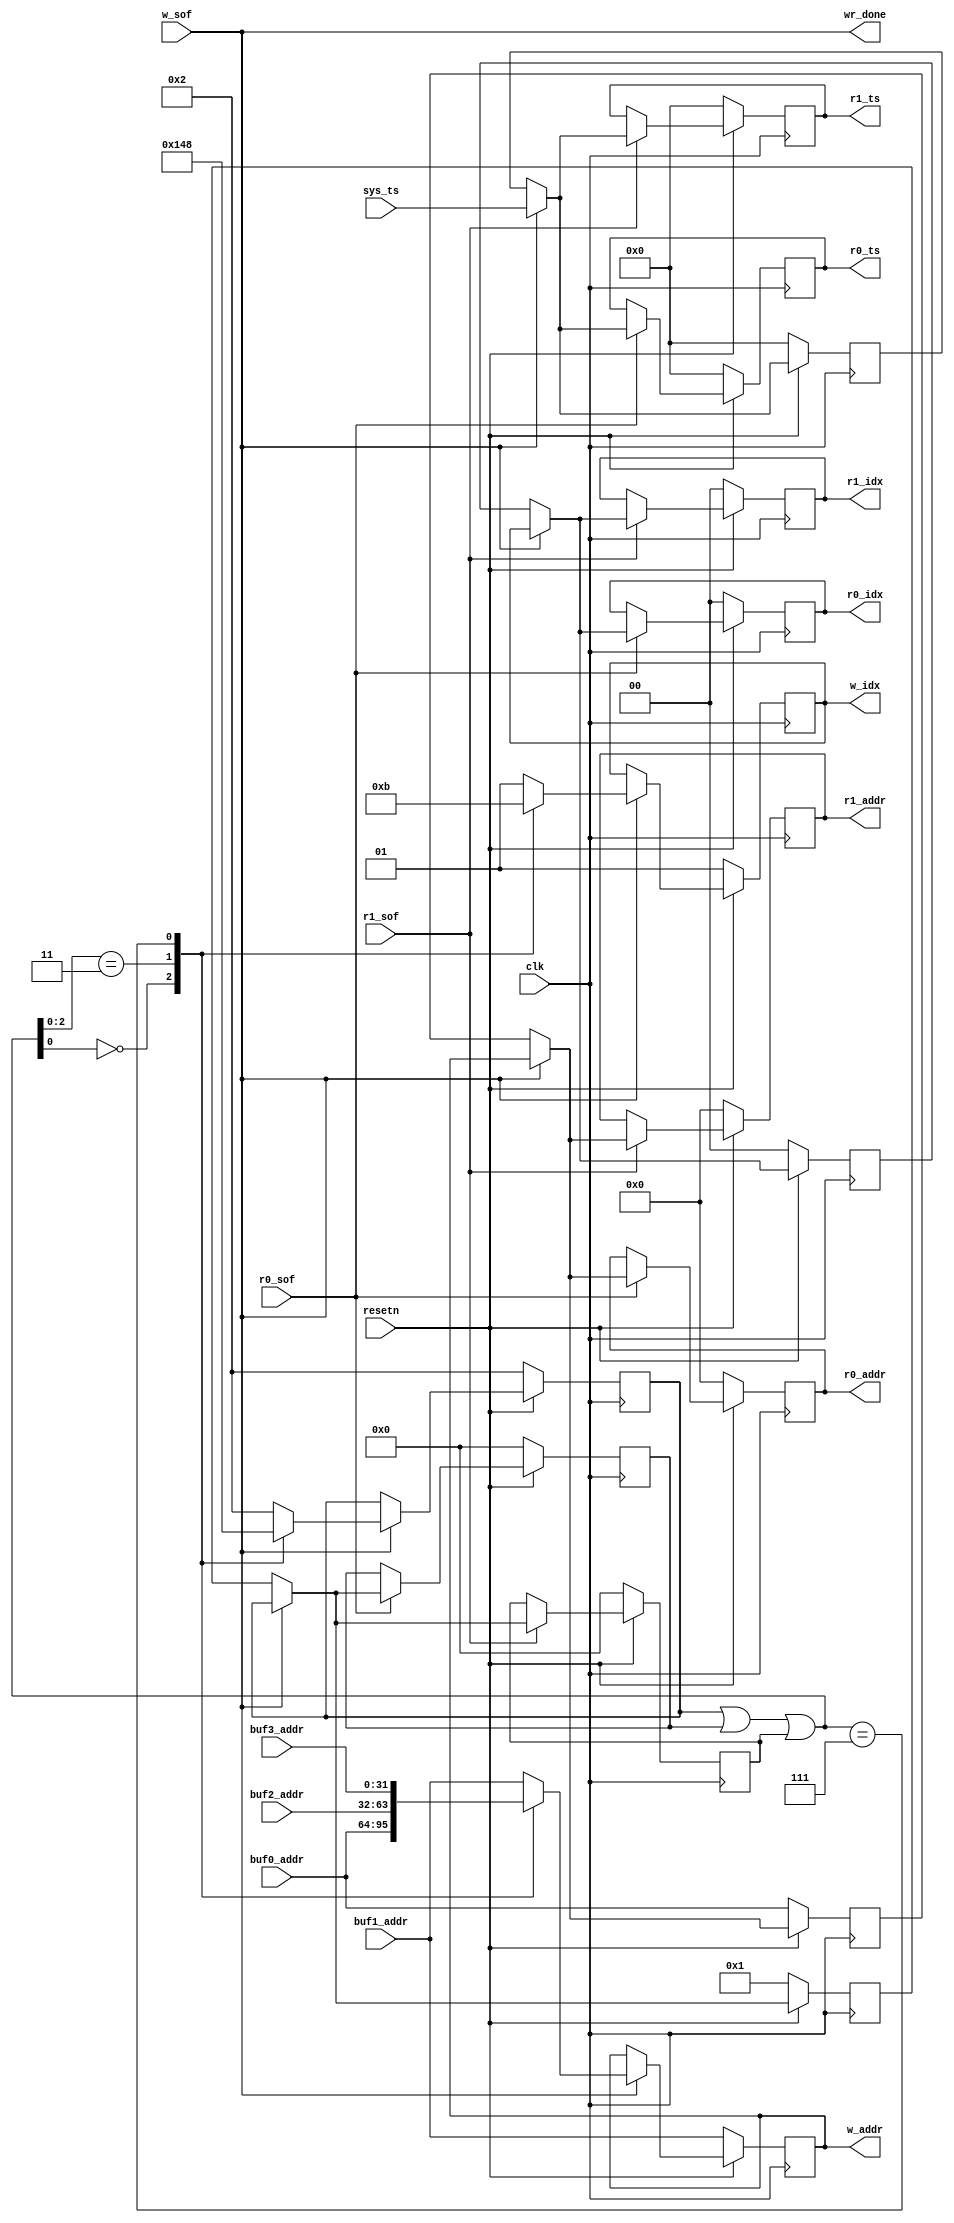
module mutex_buffer #
(
	parameter integer C_ADDR_WIDTH = 32,
	parameter integer C_TS_WIDTH = 64,
	parameter integer C_BUFF_IDX_WIDTH = 2
) (
	input wire clk,
	input wire resetn,

	output wire wr_done,

	input wire [C_ADDR_WIDTH-1:0] buf0_addr,
	input wire [C_ADDR_WIDTH-1:0] buf1_addr,
	input wire [C_ADDR_WIDTH-1:0] buf2_addr,
	input wire [C_ADDR_WIDTH-1:0] buf3_addr,

	input wire [C_TS_WIDTH-1:0]   sys_ts,

	input wire w_sof,
	output reg [C_ADDR_WIDTH-1:0] w_addr,
	output reg [C_BUFF_IDX_WIDTH-1:0] w_idx,

	input wire                        r0_sof,
	output reg [C_ADDR_WIDTH-1:0]     r0_addr,
	output reg [C_BUFF_IDX_WIDTH-1:0] r0_idx,
	output reg [C_TS_WIDTH-1:0]       r0_ts,

	input wire                        r1_sof,
	output reg [C_ADDR_WIDTH-1:0]     r1_addr,
	output reg [C_BUFF_IDX_WIDTH-1:0] r1_idx,
	output reg [C_TS_WIDTH-1:0]       r1_ts
);

	localparam integer C_READER_NUM = 2;
	localparam integer C_BUFF_NUM = C_READER_NUM + 2;

	assign wr_done = w_sof;

	reg [C_BUFF_NUM-1:0]	r0_bmp;
	reg [C_BUFF_NUM-1:0]	r1_bmp;

	reg [C_ADDR_WIDTH-1:0]	last_addr;
	reg [C_BUFF_NUM-1:0]	last_bmp;
	reg [C_BUFF_IDX_WIDTH-1:0] last_idx;
	reg [C_TS_WIDTH-1:0]    last_ts;

	reg [C_BUFF_NUM-1:0]	w_bmp;

	/// reader 0
	always @(posedge clk) begin
		if (resetn == 0) begin
			r0_addr <= 0;
			r0_bmp  <= 0;
			r0_idx  <= 0;
			r0_ts   <= 0;
		end
		else if (r0_sof) begin
			if (w_sof) begin
				r0_addr <= w_addr;
				r0_bmp  <= w_bmp;
				r0_idx  <= w_idx;
				r0_ts   <= sys_ts;
			end
			else begin
				r0_addr <= last_addr;
				r0_bmp  <= last_bmp;
				r0_idx  <= last_idx;
				r0_ts   <= last_ts;
			end
		end
	end

	/// reader 1 (same as reader 0)
	always @(posedge clk) begin
		if (resetn == 0) begin
			r1_addr <= 0;
			r1_bmp  <= 0;
			r1_idx  <= 0;
			r1_ts   <= 0;
		end
		else if (r1_sof) begin
			if (w_sof) begin
				r1_addr <= w_addr;
				r1_bmp  <= w_bmp;
				r1_idx  <= w_idx;
				r1_ts   <= sys_ts;
			end
			else begin
				r1_addr <= last_addr;
				r1_bmp  <= last_bmp;
				r1_idx  <= last_idx;
				r1_ts   <= last_ts;
			end
		end
	end

	/// last done (ready for read)
	always @(posedge clk) begin
		if (resetn == 0) begin
			last_addr <= buf0_addr;
			last_bmp  <= 4'b0001;
			last_idx  <= 0;
			last_ts   <= 0;
		end
		else if (w_sof) begin
			last_addr <= w_addr;
			last_bmp  <= w_bmp;
			last_idx  <= w_idx;
			last_ts   <= sys_ts;
		end
	end

	always @(posedge clk) begin
		if (resetn == 0) begin
			w_addr <= buf1_addr;
			w_bmp  <= 4'b0010;
			w_idx  <= 1;
		end
		else if (w_sof) begin
			casez (w_bmp | r0_bmp | r1_bmp)
			4'b???0: begin
				w_addr	<= buf0_addr;
				w_bmp	<= 4'b0001;
				w_idx	<= 0;
			end
			4'b??01: begin
				w_addr	<= buf1_addr;
				w_bmp	<= 4'b0010;
				w_idx	<= 1;
			end
			4'b?011: begin
				w_addr	<= buf2_addr;
				w_bmp	<= 4'b0100;
				w_idx	<= 2;
			end
			4'b0111: begin
				w_addr	<= buf3_addr;
				w_bmp	<= 4'b1000;
				w_idx	<= 3;
			end
			default: begin
				w_addr <= buf1_addr;
				w_bmp  <= 4'b0010;
				w_idx  <= 1;
			end
			endcase
		end
	end

endmodule